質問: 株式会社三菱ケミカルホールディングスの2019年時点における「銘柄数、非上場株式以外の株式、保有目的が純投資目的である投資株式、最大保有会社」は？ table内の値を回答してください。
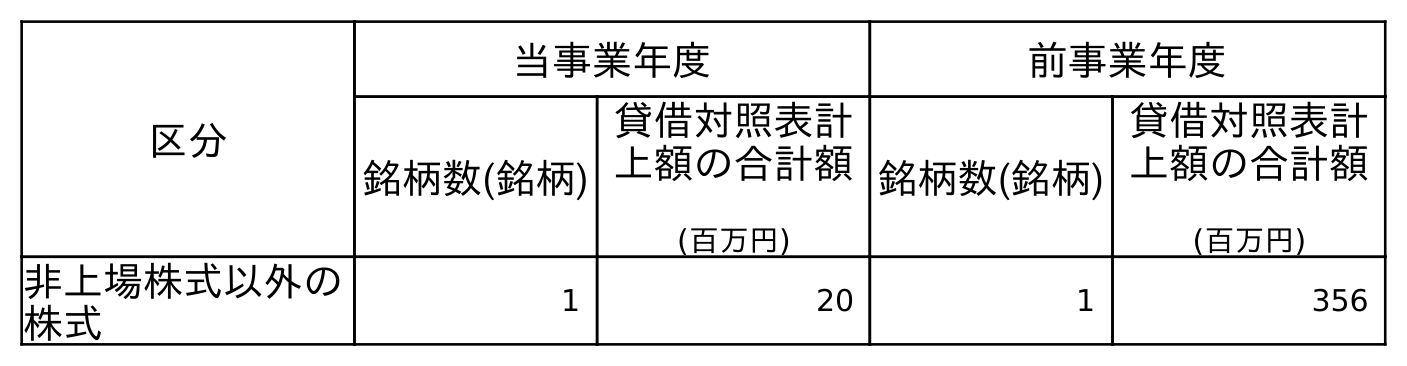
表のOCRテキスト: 区分 当事業年度 前事業年度 銘柄数(銘柄) 貸借対照表計 上額の合計額 (百万円) 銘柄数(銘柄) 貸借対照表計 上額の合計額 (百万円) 非上場株式以外の 株式 1 20 1 356
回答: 1